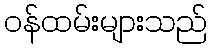
ဝန်ထမ်းများသည်